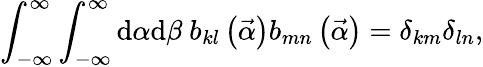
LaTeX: \int_{-\infty}^{\infty}\int_{-\infty}^{\infty}\mathrm{d}\alpha\mathrm{d}\beta\ b_{kl}\left(\vec{{\alpha}}\right)b_{mn}\left(\vec{{\alpha}}\right)=\delta_{km}\delta_{ln},